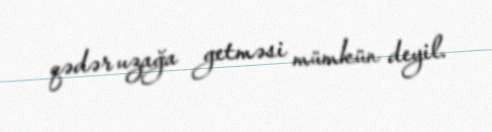
qədər uzağa getməsi mümkün deyil.